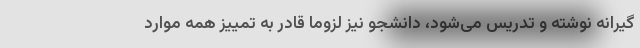
گیرانه نوشته و تدریس می‌شود، دانشجو نیز لزوماً قادر به تمییز همه موارد